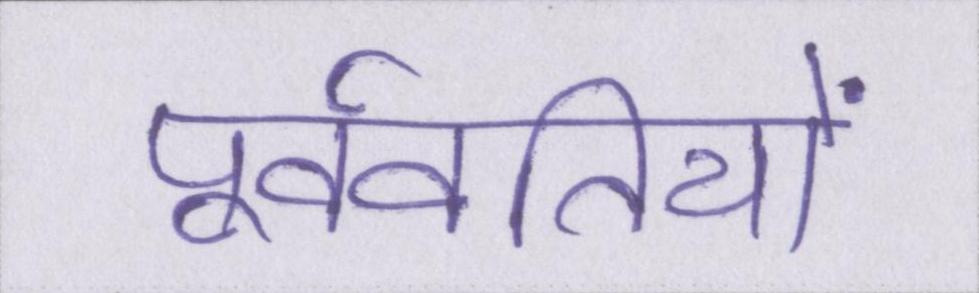
पूर्ववर्तियों